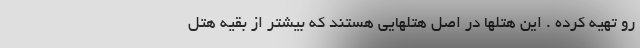
رو تهیه کرده . این هتلها در اصل هتلهایی هستند که بیشتر از بقیه هتل